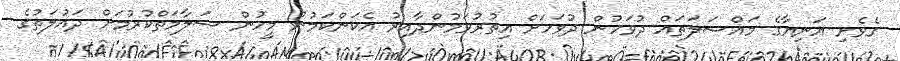
ގެވެށި އަނިޔާގެ މައްސަލަތައް ދުވަހުން ދުވަހަށް އިތުރުވަމުންދާއިރު އެކަންކަމުން މީހުން ސަލާމަތްކުރުމަށް ދައުލަތުގެ